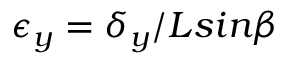
\epsilon { _ y } = \delta _ { y } / L s i n \beta